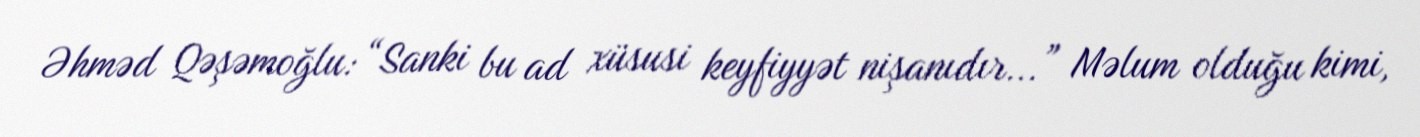
Əhməd Qəşəmoğlu: “Sanki bu ad xüsusi keyfiyyət nişanıdır...” Məlum olduğu kimi,